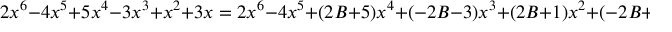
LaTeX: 2 x ^ { 6 } - 4 x ^ { 5 } + 5 x ^ { 4 } - 3 x ^ { 3 } + x ^ { 2 } + 3 x = 2 x ^ { 6 } - 4 x ^ { 5 } + ( 2 B + 5 ) x ^ { 4 } + ( - 2 B - 3 ) x ^ { 3 } + ( 2 B + 1 ) x ^ { 2 } + ( - 2 B + 3 ) x